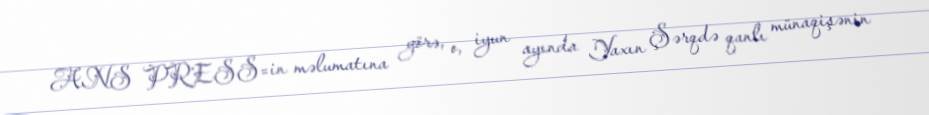
ANS PRESS=in məlumatına görə, o, iyun ayında Yaxın Şərqdə qanlı münaqişənin